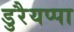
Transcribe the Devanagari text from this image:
डुरैयप्पा